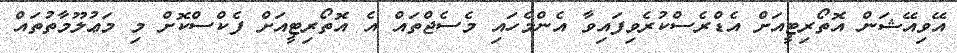
އޭވިއޭޝަން އޮތޯރިޓީއަށް އެޑްރެސްކުރެވިފައިވާ އެންމެހައި މެސެޖްތައް އެ އޮތޯރިޓީއަށް ފެކްސްކޮށް މި މަޢުލޫމާތުތައް